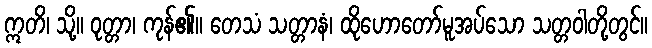
ဣတိ၊ သို့။ ဝုတ္တာ၊ ကုန်၏။ တေသံ သတ္တာနံ၊ ထိုဟောတော်မူအပ်သော သတ္တဝါတို့တွင်။